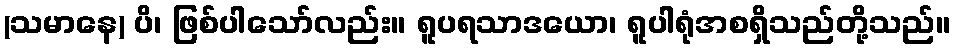
(သမာနေ) ပိ၊ ဖြစ်ပါသော်လည်း။ ရူပရသာဒယော၊ ရူပါရုံအစရှိသည်တို့သည်။